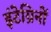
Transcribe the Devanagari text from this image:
इंटेग्रिनों